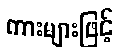
ကားများဖြင့်